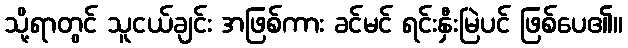
သို့ရာတွင် သူငယ်ချင်း အဖြစ်ကား ခင်မင် ရင်းနှီးမြဲပင် ဖြစ်ပေ၏။